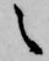
之